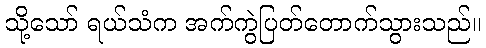
သို့သော် ရယ်သံက အက်ကွဲပြတ်တောက်သွားသည်။